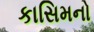
કાસિમનો